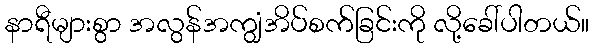
နာရီများစွာ အလွန်အကျွံအိပ်စက်ခြင်းကို လို့ခေါ်ပါတယ်။